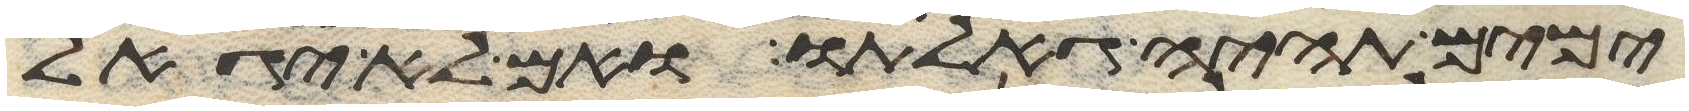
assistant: ימים תהיה גאלתו ואם לא יגאל